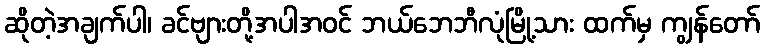
ဆိုတဲ့အချက်ပါ၊ ခင်ဗျားတို့အပါအဝင် ဘယ်ဘေဘီလုံမြို့သား ထက်မှ ကျွန်တော်